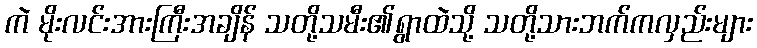
ကဲ မိုးလင်းအားကြီးအချိန် သတို့သမီး၏ရွာထဲသို့ သတို့သားဘက်ကလှည်းများ